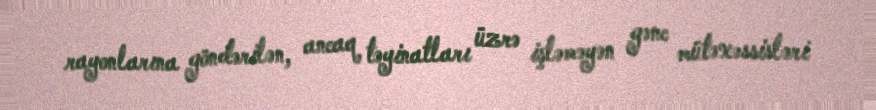
rayonlarına göndərilən, ancaq təyinatları üzrə işləməyən gənc mütəxəssisləri